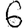
Digit: 6